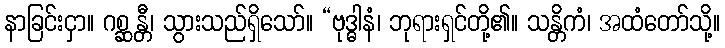
နာခြင်းငှာ။ ဂစ္ဆန္တီ၊ သွားသည်ရှိသော်။ “ဗုဒ္ဓါနံ၊ ဘုရားရှင်တို့၏။ သန္တိကံ၊ အထံတော်သို့။